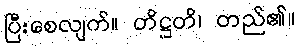
ပြီးစေလျက်။ တိဋ္ဌတိ၊ တည်၏။